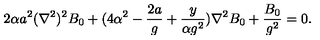
2 \alpha a ^ { 2 } ( \nabla ^ { 2 } ) ^ { 2 } B _ { 0 } + ( 4 \alpha ^ { 2 } - { \frac { 2 a } { g } } + { \frac { y } { \alpha g ^ { 2 } } } ) \nabla ^ { 2 } B _ { 0 } + { \frac { B _ { 0 } } { g ^ { 2 } } } = 0 .